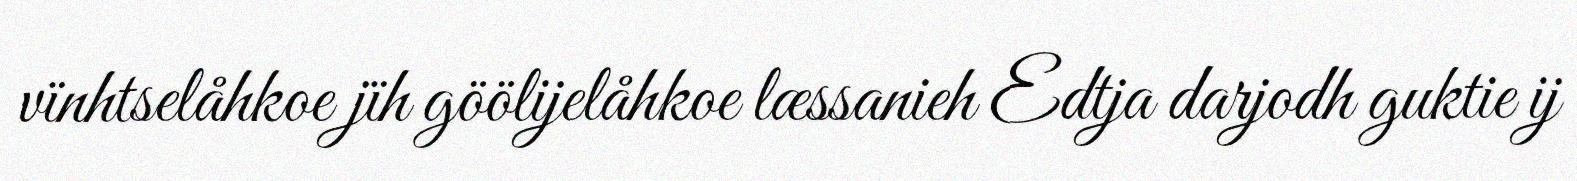
vïnhtselåhkoe jïh göölijelåhkoe læssanieh Edtja darjodh guktie ij